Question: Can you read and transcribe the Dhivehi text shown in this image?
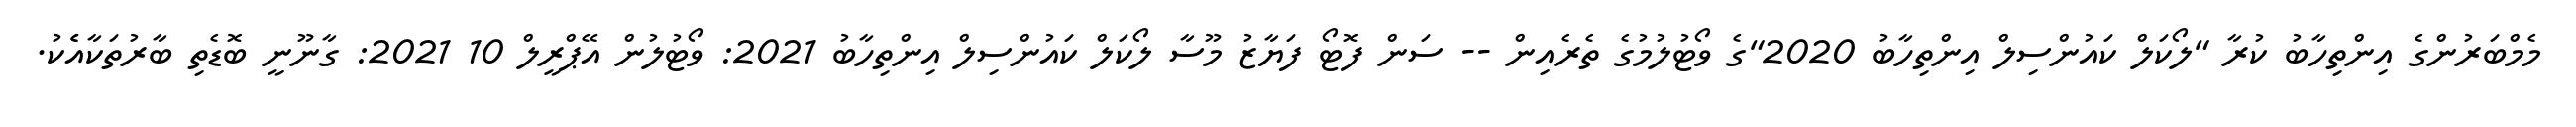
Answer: މެމްބަރުންގެ އިންތިހާބު ކުރާ "ލޯކަލް ކައުންސިލް އިންތިހާބު 2020"ގެ ވޯޓުލުމުގެ ތެރެއިން -- ސަން ފޮޓޯ ފަޔާޒު މޫސާ ލޯކަލް ކައުންސިލް އިންތިހާބު 2021: ވޯޓުލުން އޭޕްރީލް 10 2021: ގާނޫނީ ބޮޑެތި ބާރުތަކާއެެކު.